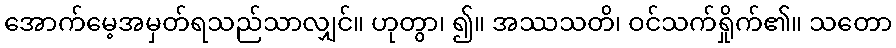
အောက်မေ့အမှတ်ရသည်သာလျှင်။ ဟုတွာ၊ ၍။ အဿသတိ၊ ဝင်သက်ရှိုက်၏။ သတော